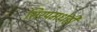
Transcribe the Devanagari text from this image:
सिरपमधेही